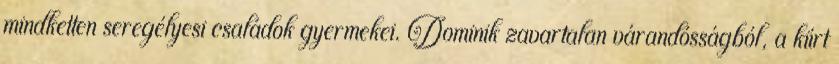
mindketten seregélyesi családok gyermekei. Dominik zavartalan várandósságból, a kiírt